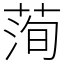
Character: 𦴥